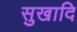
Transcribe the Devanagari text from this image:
सुखादि